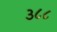
૩૮૮